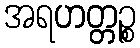
အရဟတ္တဉ္စ